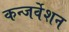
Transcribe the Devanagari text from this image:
कन्जर्वेशन